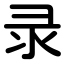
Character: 录